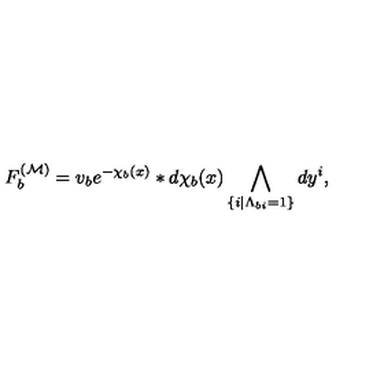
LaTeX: F _ { b } ^ { ( { \cal M } ) } = v _ { b } e ^ { - \chi _ { b } ( x ) } \ast d \chi _ { b } ( x ) \bigwedge _ { \{ i | \Lambda _ { b i } = 1 \} } d y ^ { i } ,